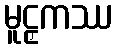
မူဠှကဿ